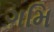
ગમિ